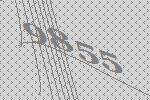
9855